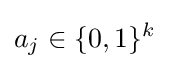
a_{j}\in \{0,1\}^{k}